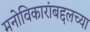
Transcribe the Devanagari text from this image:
मनोविकारांबद्दलच्या